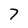
Character: 7